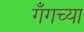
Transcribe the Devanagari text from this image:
गँगच्या